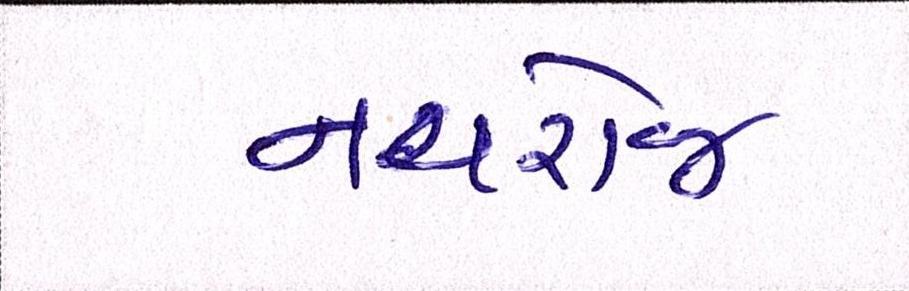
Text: નવરોજ